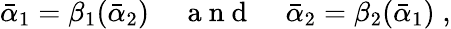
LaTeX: \bar{\alpha}_{1}=\beta_{1}(\bar{\alpha}_{2})\; \; \; \; {\mathrm{~a~n~d~}}\; \; \; \; \bar{\alpha}_{2}=\beta_{2}(\bar{\alpha}_{1})\; ,